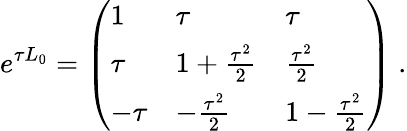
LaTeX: e^{\tau L_{0}}=\left(\begin{array}{lll}{{\strut 1}}&{{\tau}}&{{\tau}}\\ {{\strut\tau}}&{{1+{\frac{\tau^{2}}{2}}}}&{{{\frac{\tau^{2}}{2}}}}\\ {{\strut-\tau}}&{{-{\frac{\tau^{2}}{2}}}}&{{1-{\frac{\tau^{2}}{2}}}}\end{array}\right)\ .